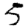
Digit: 5